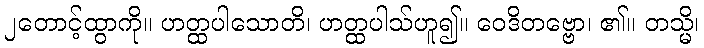
၂တောင့်ထွာကို။ ဟတ္ထပါသောတိ၊ ဟတ္ထပါသ်ဟူ၍။ ဝေဒိတဗ္ဗော၊ ၏။ တသ္မိ၊